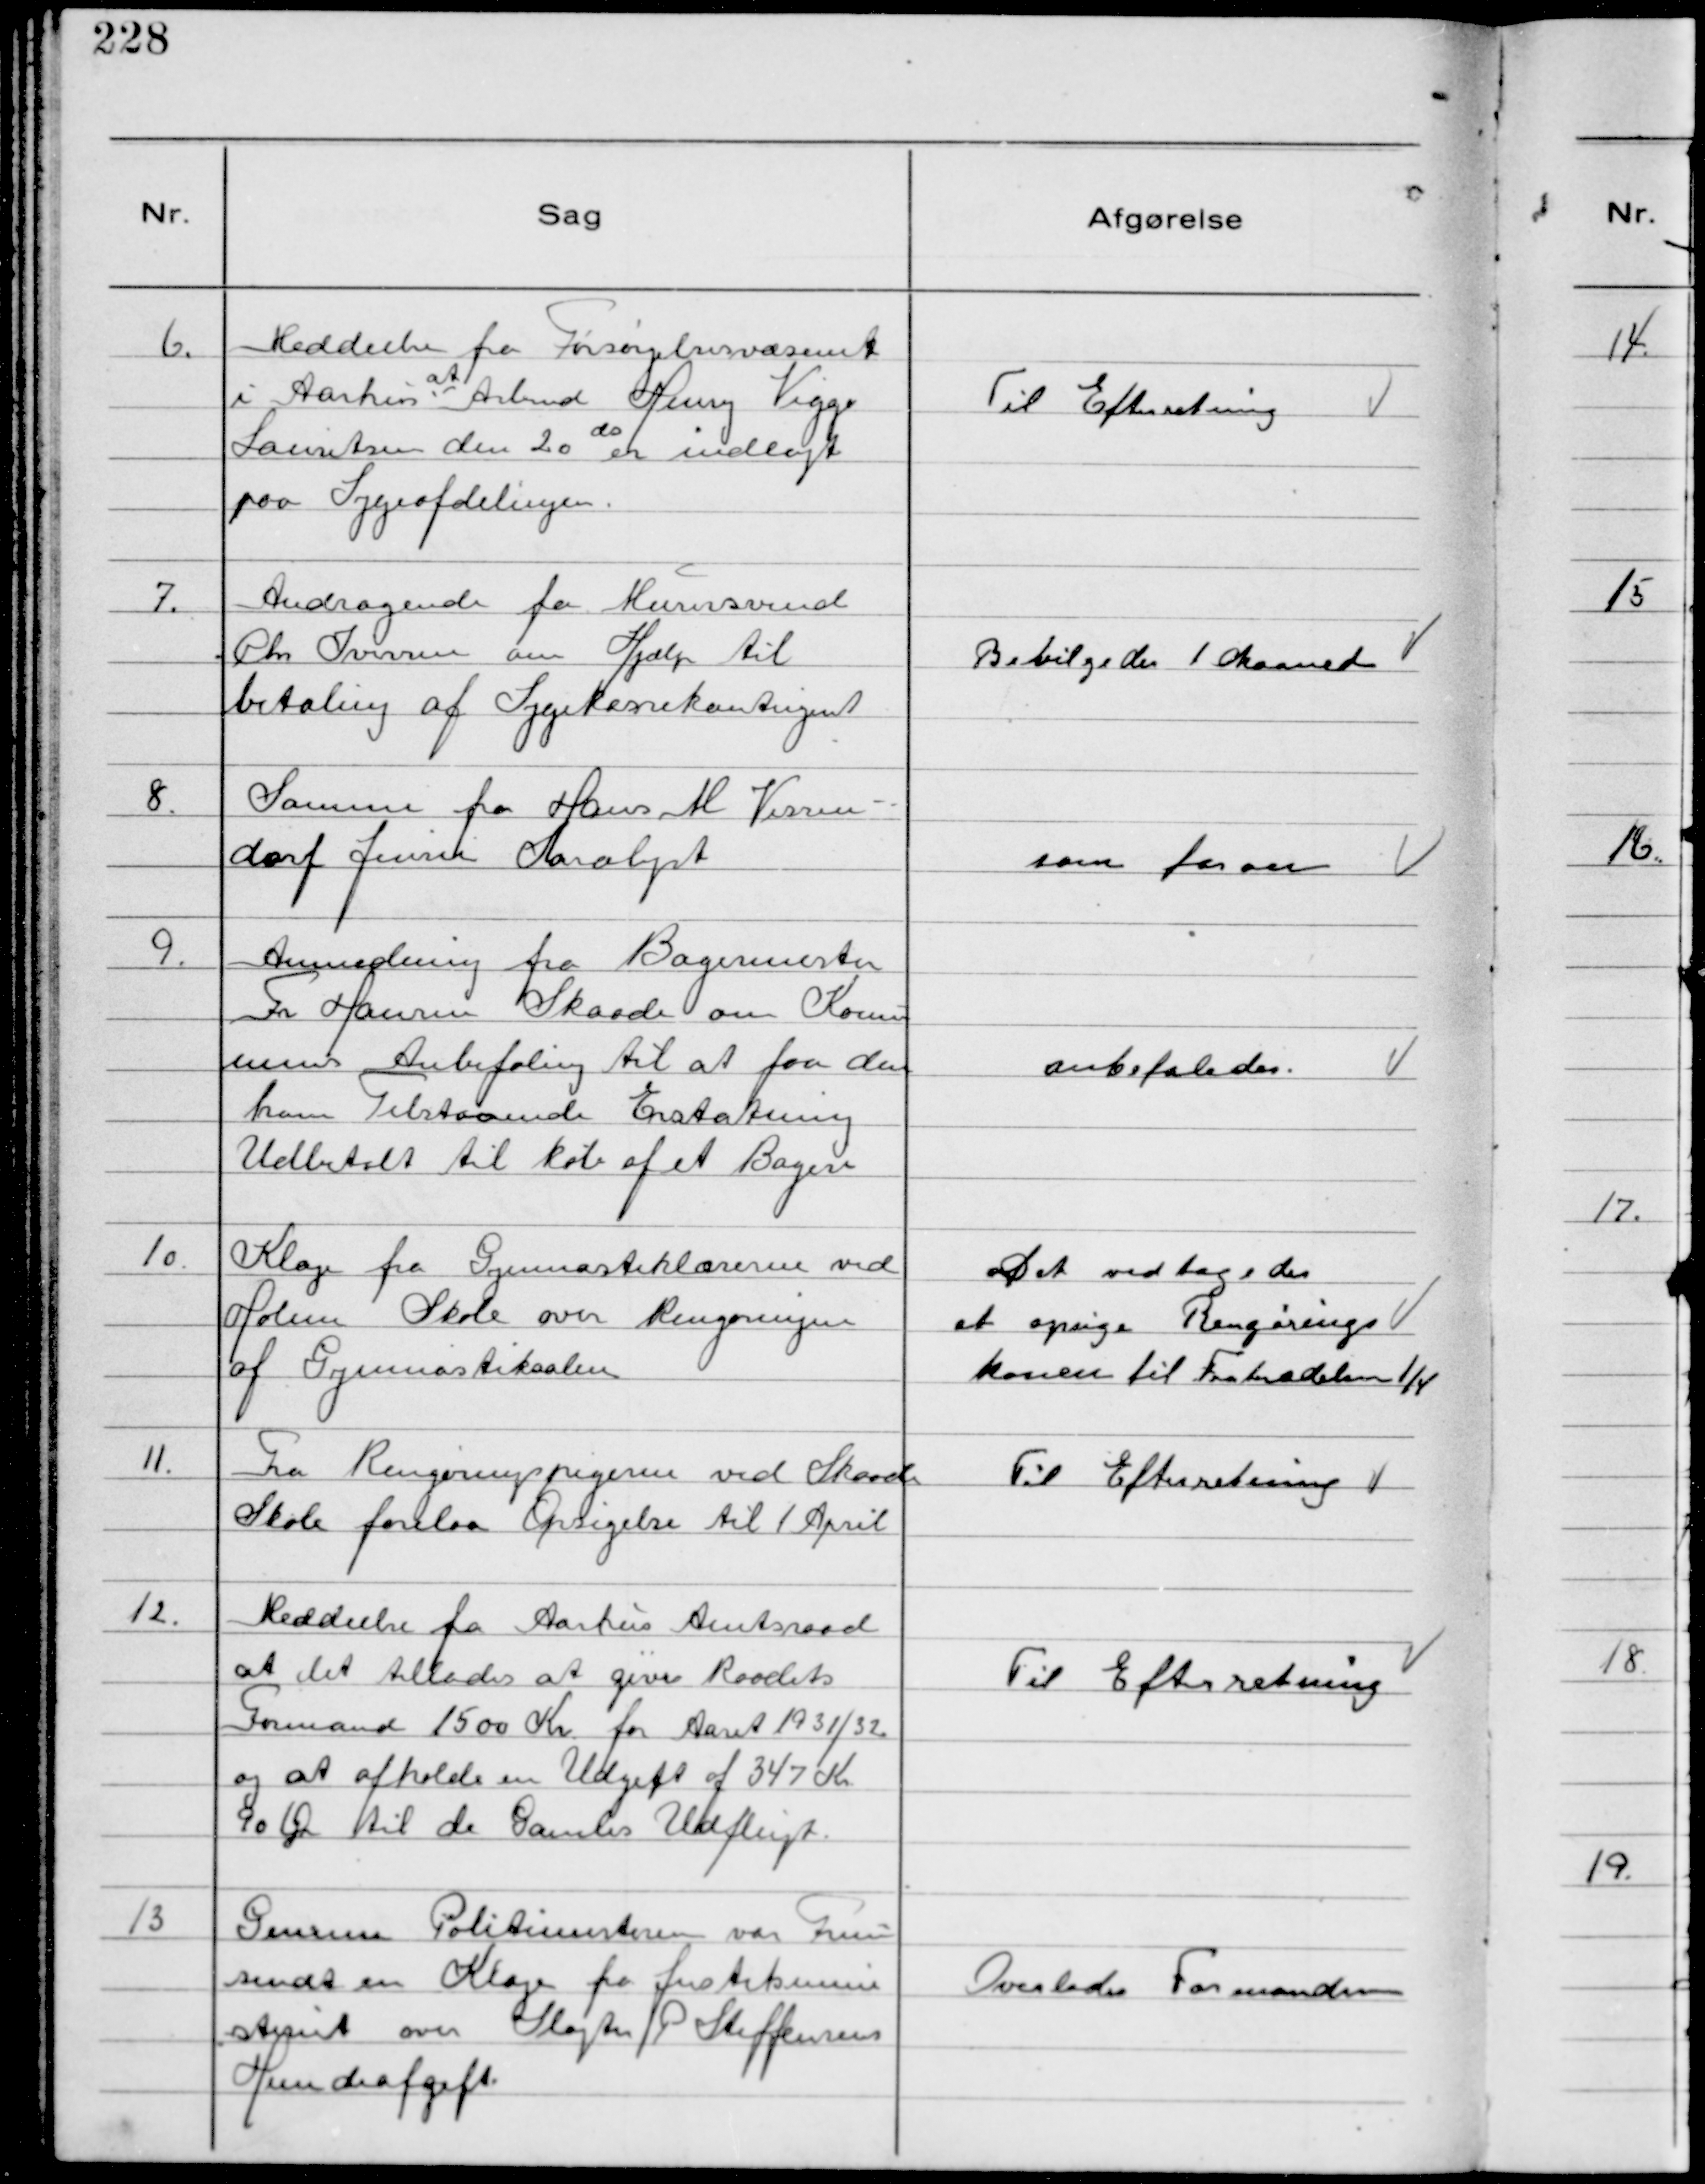
Transskription:
6.
Meddeelse fra Forsørgelsesvæsenet
i Aarhus at Arbmd Henry Viggo
Lauritsen den 20 de er indlagt
paa Sygeafdelingen.

Til Efterretning

7.
Andragende fra Murersvend
Chr Iversen om Hjælp til
betaling af Sygekassekontingent

Bevilgedes 1 Maaned

8.
Samme fra Hans M Vissen-
dorf Jensen Saralyst

som foran

9.
Anmodning fra Bagermester
Fr Hansen Skaade om Kommu
nens Anbefaling til at faa den
ham Tilstaaende Erstatning
Udbetalt til køb af et Bageri

anbefaledes.

10.
Klage fra Gymnastiklærerne ved
Holme Skole over Rengøringen
af Gymnastiksalen

Det vedtogedes
at opsige Rengørings
konen til Fratrædelse 1/4

11.
Fra Rengøringspigerne ved Skaade
Skole forelaa Opsigelse til 1 April

Til Efterretning

12.
Meddeelse fra Aarhus Amtsraad
at det tillades at give Raadets
Formand 1500 Kr. for Aaret 1931/32
og at afholde en Udgift af 347 Kr
90 Ør til de Gamles Udflugt.

Til Efterretning

13
Gennem Politimesteren var Frem
sendt en Klage fra Justitsmini
steriet over Slagter P Steffensens
Hundeafgift.

Overlodes Formanden